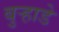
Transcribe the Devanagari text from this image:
बुऱ्हाडे